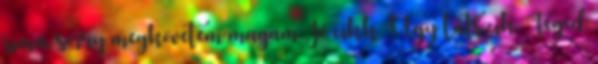
sima, sorry megkövetem magam Jó cikk Úgy látszik, Téged